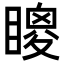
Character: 𥊙